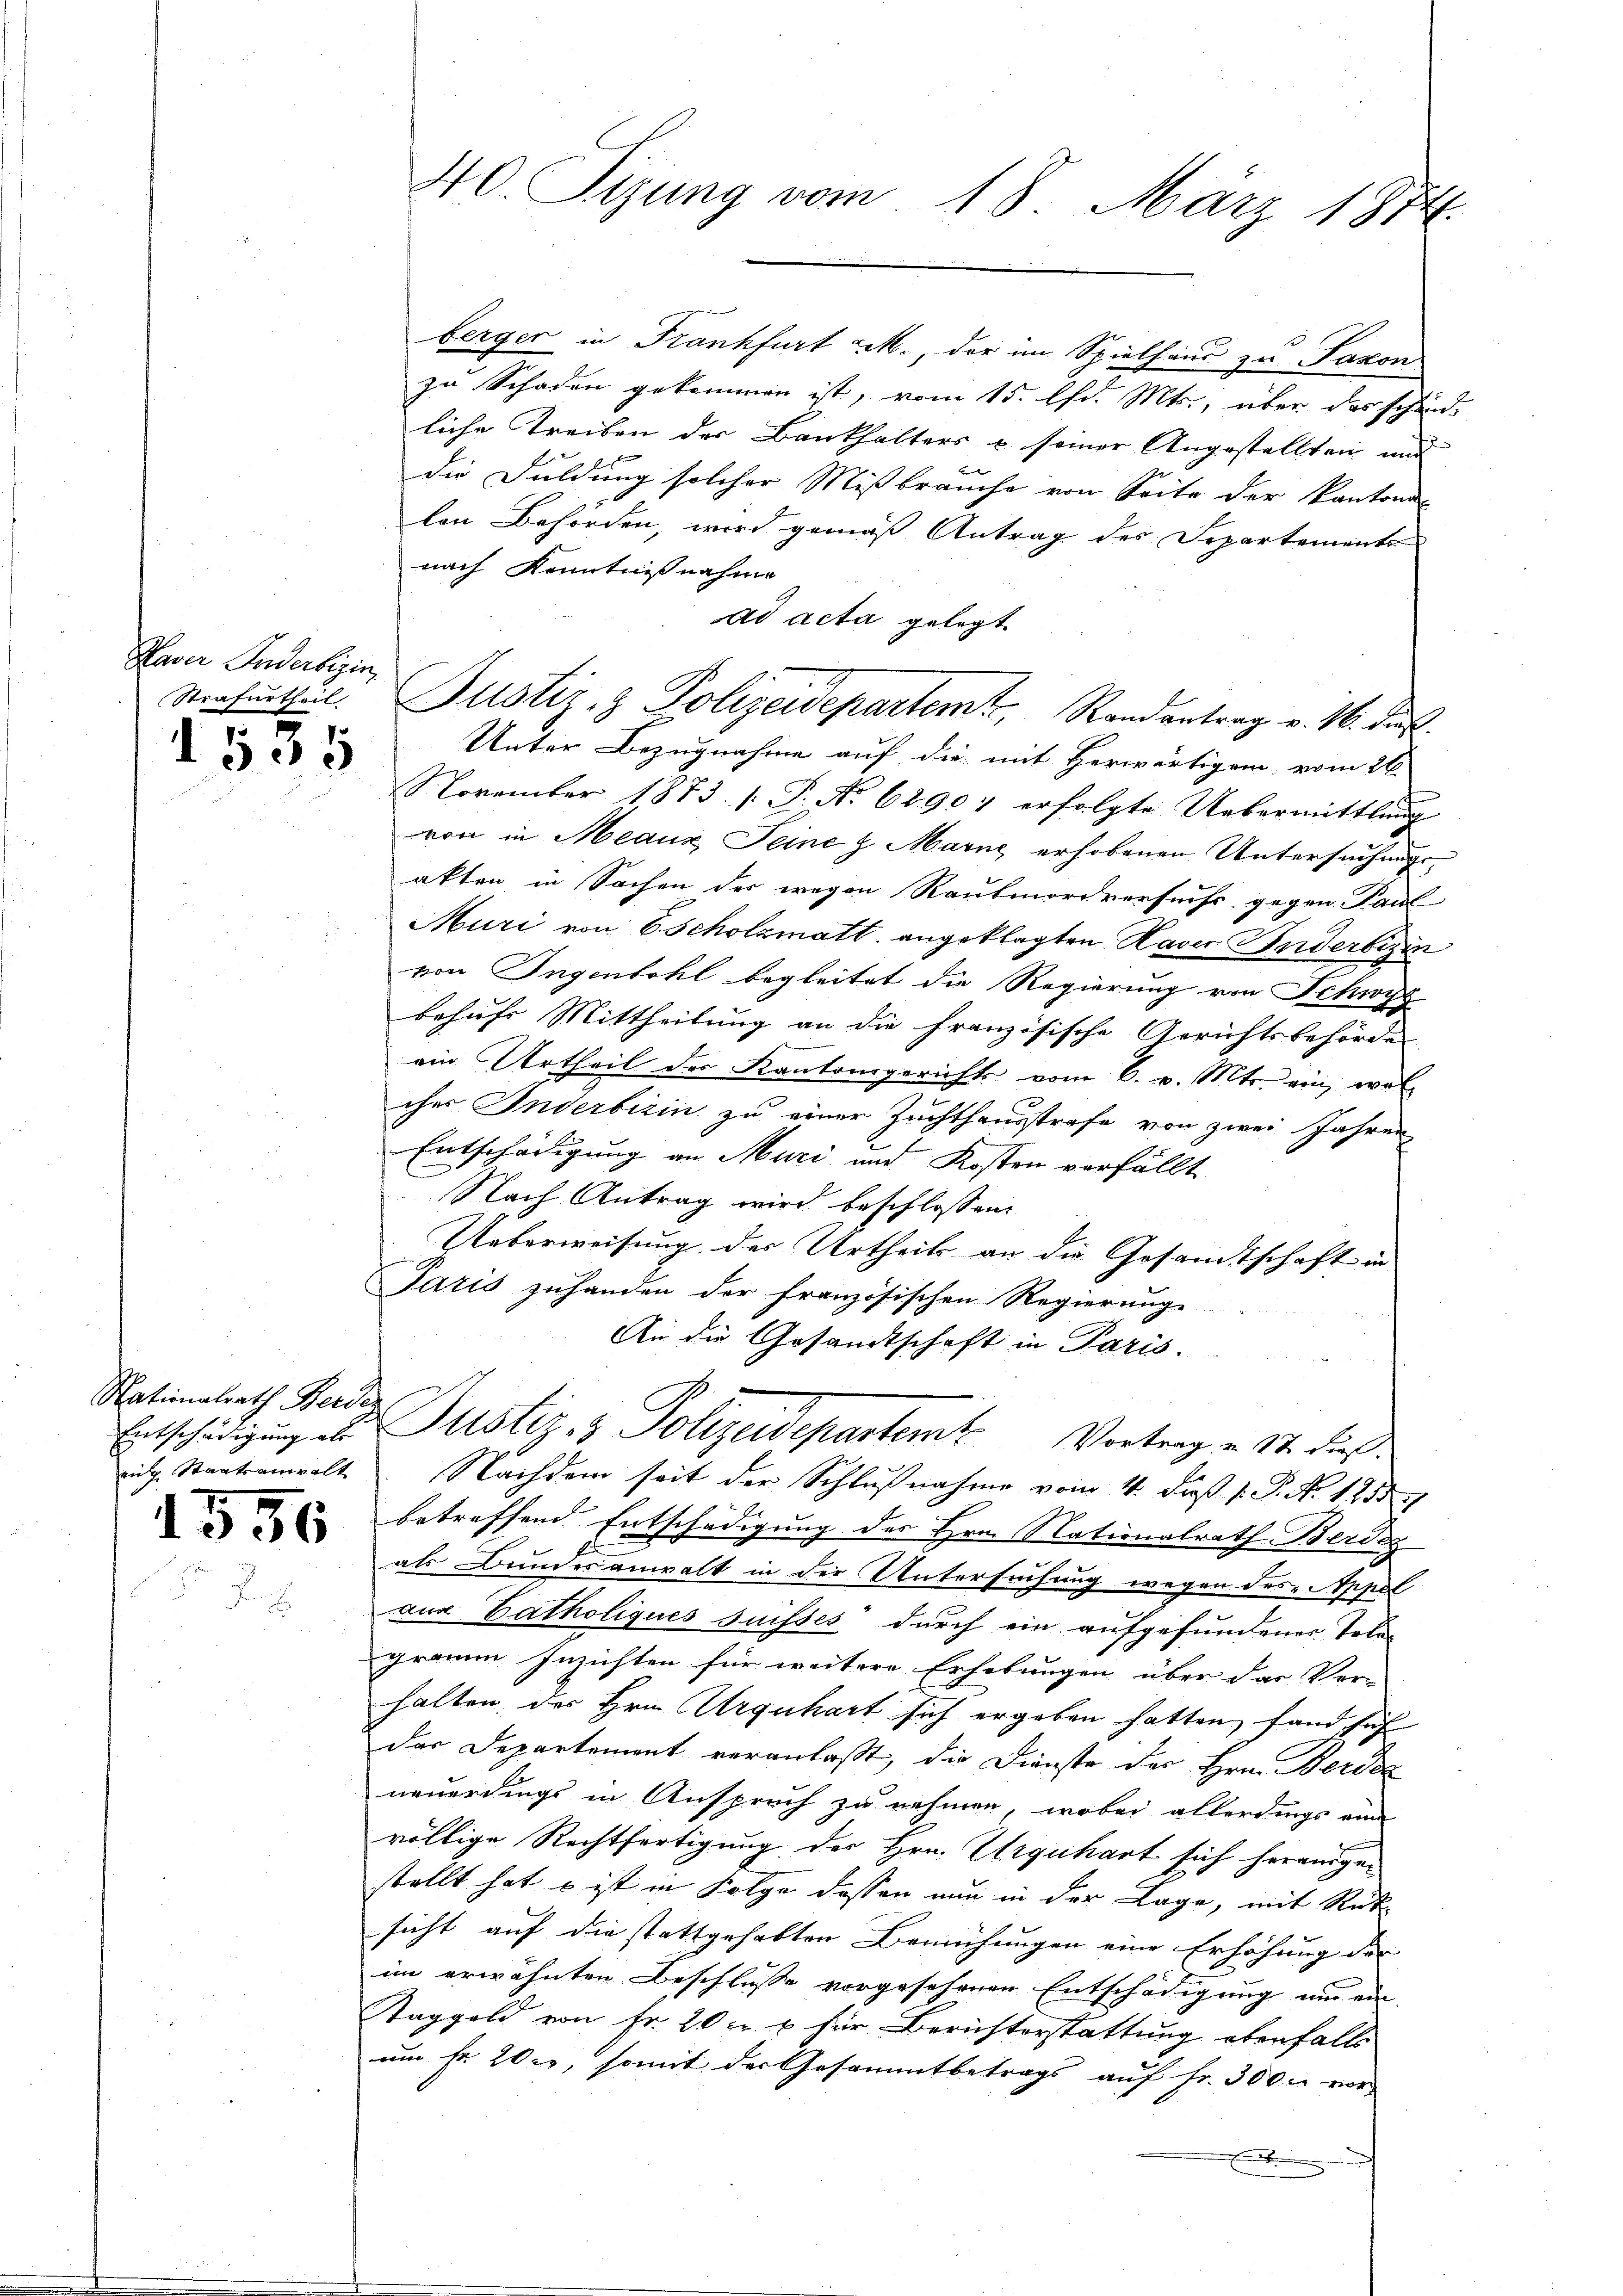
Haver Inderbegin
Strafurtheil

1505

Nationalrath Berden

1556

berger in Frankfurt M., der im Spielhaus zu Saxon
zu Schaden gekommen ist, vom 15. Chr. Mts., über das schänd-
liche Treiben der Bankhalters u seiner Angestellten und
die Duldung solcher Mißbräuche von Seite der Kantona
len Behörden, wird gemäß Antrag des Separtements
nach Kenntnißnahme
ad acta gelegt
November 1873. /: J. No 62907 erfolgte Uebermittlung
von in Meaux Seine z. Marne erhobenen Untersuchungsakten in Sachen der wegen Raubmordversuchs gegen Paul
Muri von 6 Scholzmatt, angeklagten Haver Inderbizin
von Ingenbohl begleitet die Regierung von Schwyz
behufs Mittheilung an die französische Gerichtsbehörden
ein Urtheil des Kantonsgerichts vom 6. v. Mts. ein, wel
ches Inderberin zu einer Zuchthausstrafe von zwei Jahren
Entschädigung an Muri und Kosten verfällt
Nach Antrag wird beschlossen:
Ueberweisung des Urtheils an die Gesandtschaft in
Paris zuhanden der französischen Regierung
An die Gesandtschaft in Paris.
Entschädigung der Justiz- & Polizeidepartem Vortrag u. St. dieß.
eitg. Staatsanwalt Nachdem seit der Schlußnahme vom 4. daß P. P. Nr. 11551/
betreffend Entschädigung des Hrn. Nationalrath Berdig
als Bundesanwalt in die Untersuchung wegen des Appel
aus Catholiques suisses durch ein aufgefundenes Tola-
gramm Inzichten für weitere Erhebungen über das Ver-
halten der Hrn. Urguhart sich ergeben hatten, fand haf
der Departement veranlaßt, die Dienste des Hrn. Berda
neuerdings in Anspruch zu nehmen, wobei allerdings eine
völlige Rechtfertigung der Hrn. Urguhart sich herausgestellt hat s ist in Folge dessen nun in der Lage, mit Rüksicht auf die stattgehabten Bemühungen eine Erhöhung der
im erwähnten Beschlüsse vorgesehenen Entschädigung nur ein
Taggeld von Fr. 20 Fr. 6 für Berichterstattung ebenfalls
um fr. 20 Fr, somit der Gesammtbetrags auf Fr. 3000 vor
t

40. Sizung vom 18. März 1874.

Justiz- & Polizeidepartem Randantrag v. M. dat.
Unter Bezugnahme auf die mit Herwärtigen vom 26.